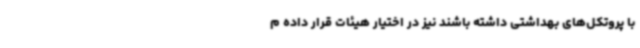
با پروتکل‌های بهداشتی داشته باشند نیز در اختیار هیئات قرار داده م